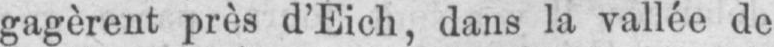
gagèrent près d’Eich, dans la vallée de